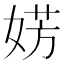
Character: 𪦀